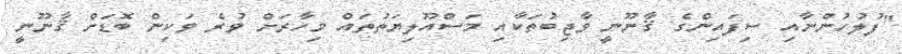
"ފުލުހުންނާއި ސިފައިންގެ ޤާނޫނީ ވާޖިބުތަކާއި މަސްއޫލިޔަތުތައް މިހާރަށް ވުރެ ވަކިން ބޮޑަށް ޤާނޫނީ